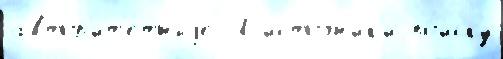
автор'ит'е́тныjе У исто́чн'ик'и по́иску